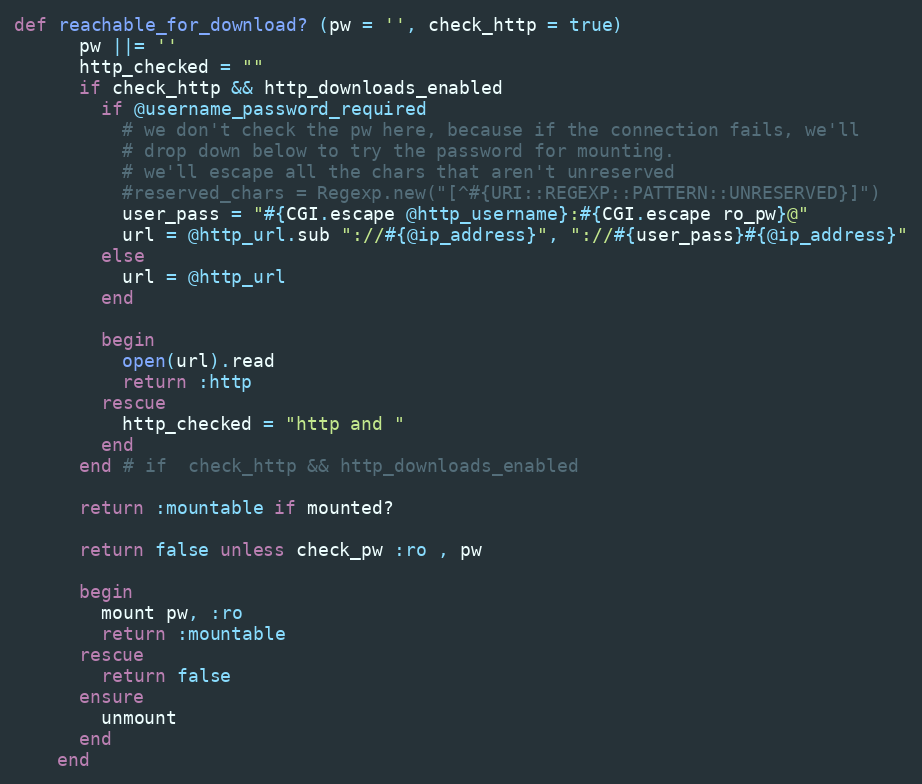
Language: Ruby
def reachable_for_download? (pw = '', check_http = true)
      pw ||= ''
      http_checked = ""
      if check_http && http_downloads_enabled
        if @username_password_required
          # we don't check the pw here, because if the connection fails, we'll
          # drop down below to try the password for mounting.
          # we'll escape all the chars that aren't unreserved
          #reserved_chars = Regexp.new("[^#{URI::REGEXP::PATTERN::UNRESERVED}]")
          user_pass = "#{CGI.escape @http_username}:#{CGI.escape ro_pw}@"
          url = @http_url.sub "://#{@ip_address}", "://#{user_pass}#{@ip_address}"
        else
          url = @http_url
        end

        begin
          open(url).read
          return :http
        rescue
          http_checked = "http and "
        end
      end # if  check_http && http_downloads_enabled

      return :mountable if mounted?

      return false unless check_pw :ro , pw

      begin
        mount pw, :ro
        return :mountable
      rescue
        return false
      ensure
        unmount
      end
    end